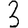
Digit: 3